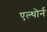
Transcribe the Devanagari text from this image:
एल्थोर्न